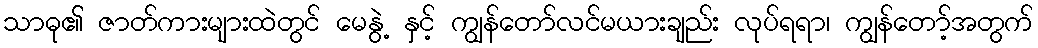
သာဓု၏ ဇာတ်ကားများထဲတွင် မေနွဲ့ နှင့် ကျွန်တော်လင်မယားချည်း လုပ်ရရာ၊ ကျွန်တော့်အတွက်